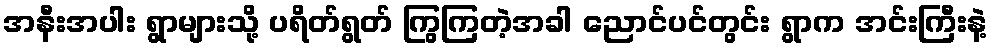
အနီးအပါး ရွာများသို့ ပရိတ်ရွတ် ကြွကြတဲ့အခါ ညောင်ပင်တွင်း ရွာက အင်းကြီးနဲ့